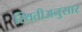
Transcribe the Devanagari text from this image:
स्थितीअनुसार